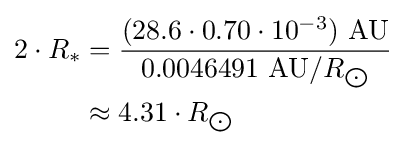
{\begin{aligned}2\cdot R_{*}&={\frac {(28.6\cdot 0.70\cdot 10^{-3})\ {\text{AU}}}{0.0046491\ {\text{AU}}/R_{\bigodot }}}\\&\approx 4.31\cdot R_{\bigodot }\end{aligned}}